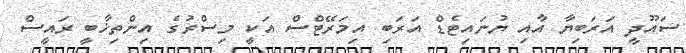
ސައޫދީ އަރަބިޔާ އާއި ޔުނައިޓެޑް އަރަބި އިމަރޭޓްސް އަކީ މިސްރުގެ އިންތިޚާބީ ރައީސް